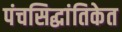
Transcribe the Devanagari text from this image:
पंचसिद्धांतिकेत